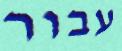
עבור